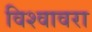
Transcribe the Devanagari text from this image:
विश्वावरा